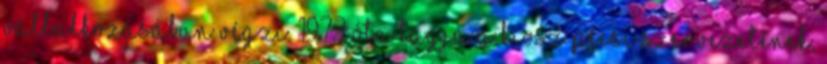
vállalkozásában végzi. 1972 óta tagja a KIOSZ pécsi szervezetének,